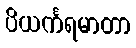
ပိယင်္ကရမာတာ